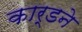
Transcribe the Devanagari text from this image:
कार्डने